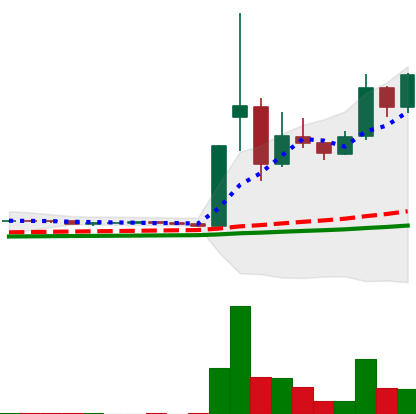
Ticker: DOGE-USD
Chart end date: 2021-02-06
Forward return: 20.976%
Label: up_7plus